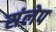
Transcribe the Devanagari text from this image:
संलेप